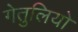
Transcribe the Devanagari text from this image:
गेतुलियो